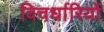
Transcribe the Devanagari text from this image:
विचर्धारियों